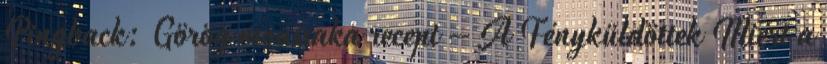
Pingback: Görög moussaka recept – A Fényküldöttek Miért a